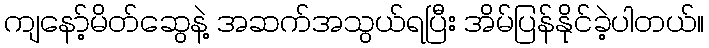
ကျနော့်မိတ်ဆွေနဲ့ အဆက်အသွယ်ရပြီး အိမ်ပြန်နိုင်ခဲ့ပါတယ်။